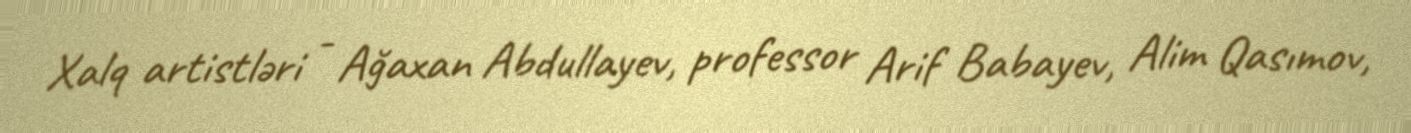
Xalq artistləri - Ağaxan Abdullayev, professor Arif Babayev, Alim Qasımov,